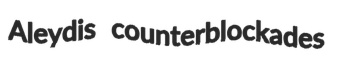
Aleydis counterblockades